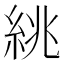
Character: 絩